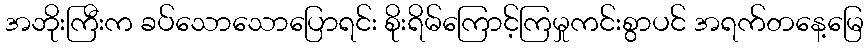
အဘိုးကြီးက ခပ်သောသောပြောရင်း စိုးရိမ်ကြောင့်ကြမှုကင်းစွာပင် အရက်တနေ့မြေ